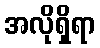
အလိုရှိရာ